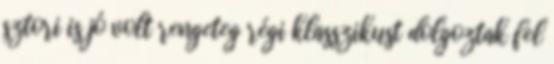
sztori is jó volt rengeteg régi klasszikust dolgoztak fel